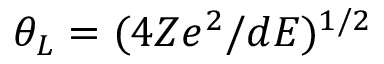
\theta _ { L } = ( 4 Z e ^ { 2 } / d E ) ^ { 1 / 2 }